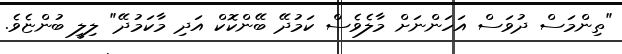
"ތިންމަސް ދުވަސް އަހަންނަށް މާލެވެސް ކަމުދޭ ބޭންކޮކް އަދި މާކަމުދޭ" ލިލީ ބުންޏެވެ.